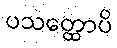
ပသတ္ထောပိ